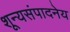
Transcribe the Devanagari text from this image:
शून्यसंपादनेय